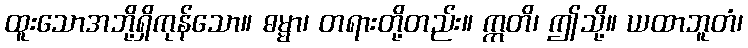
ထူးသောအဘို့ရှိကုန်သော။ ဓမ္မာ၊ တရားတို့တည်း။ ဣတိ၊ ဤသို့။ ယထာဘူတံ၊